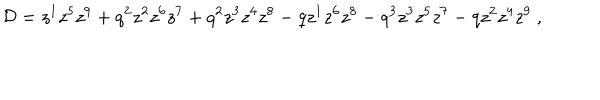
LaTeX: { \cal D } = z ^ { 1 } z ^ { 5 } z ^ { 9 } + q ^ { 2 } z ^ { 2 } z ^ { 6 } z ^ { 7 } + q ^ { 2 } z ^ { 3 } z ^ { 4 } z ^ { 8 } - q z ^ { 1 } z ^ { 6 } z ^ { 8 } - q ^ { 3 } z ^ { 3 } z ^ { 5 } z ^ { 7 } - q z ^ { 2 } z ^ { 4 } z ^ { 9 } \ ,